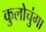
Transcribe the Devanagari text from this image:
कुलोचुंगा